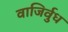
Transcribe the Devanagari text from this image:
वाजिर्वुध